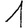
Digit: 1